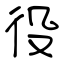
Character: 役